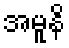
အမူနိ